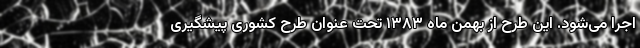
اجرا می‌شود. این طرح از بهمن ماه ۱۳۸۳ تحت عنوان طرح کشوری پیشگیری